画像に写った文字を読んでください
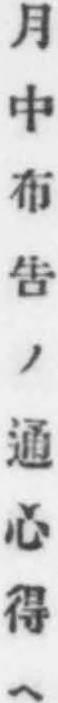
「月中布吿ノ通心得ヘ」と書いてあります